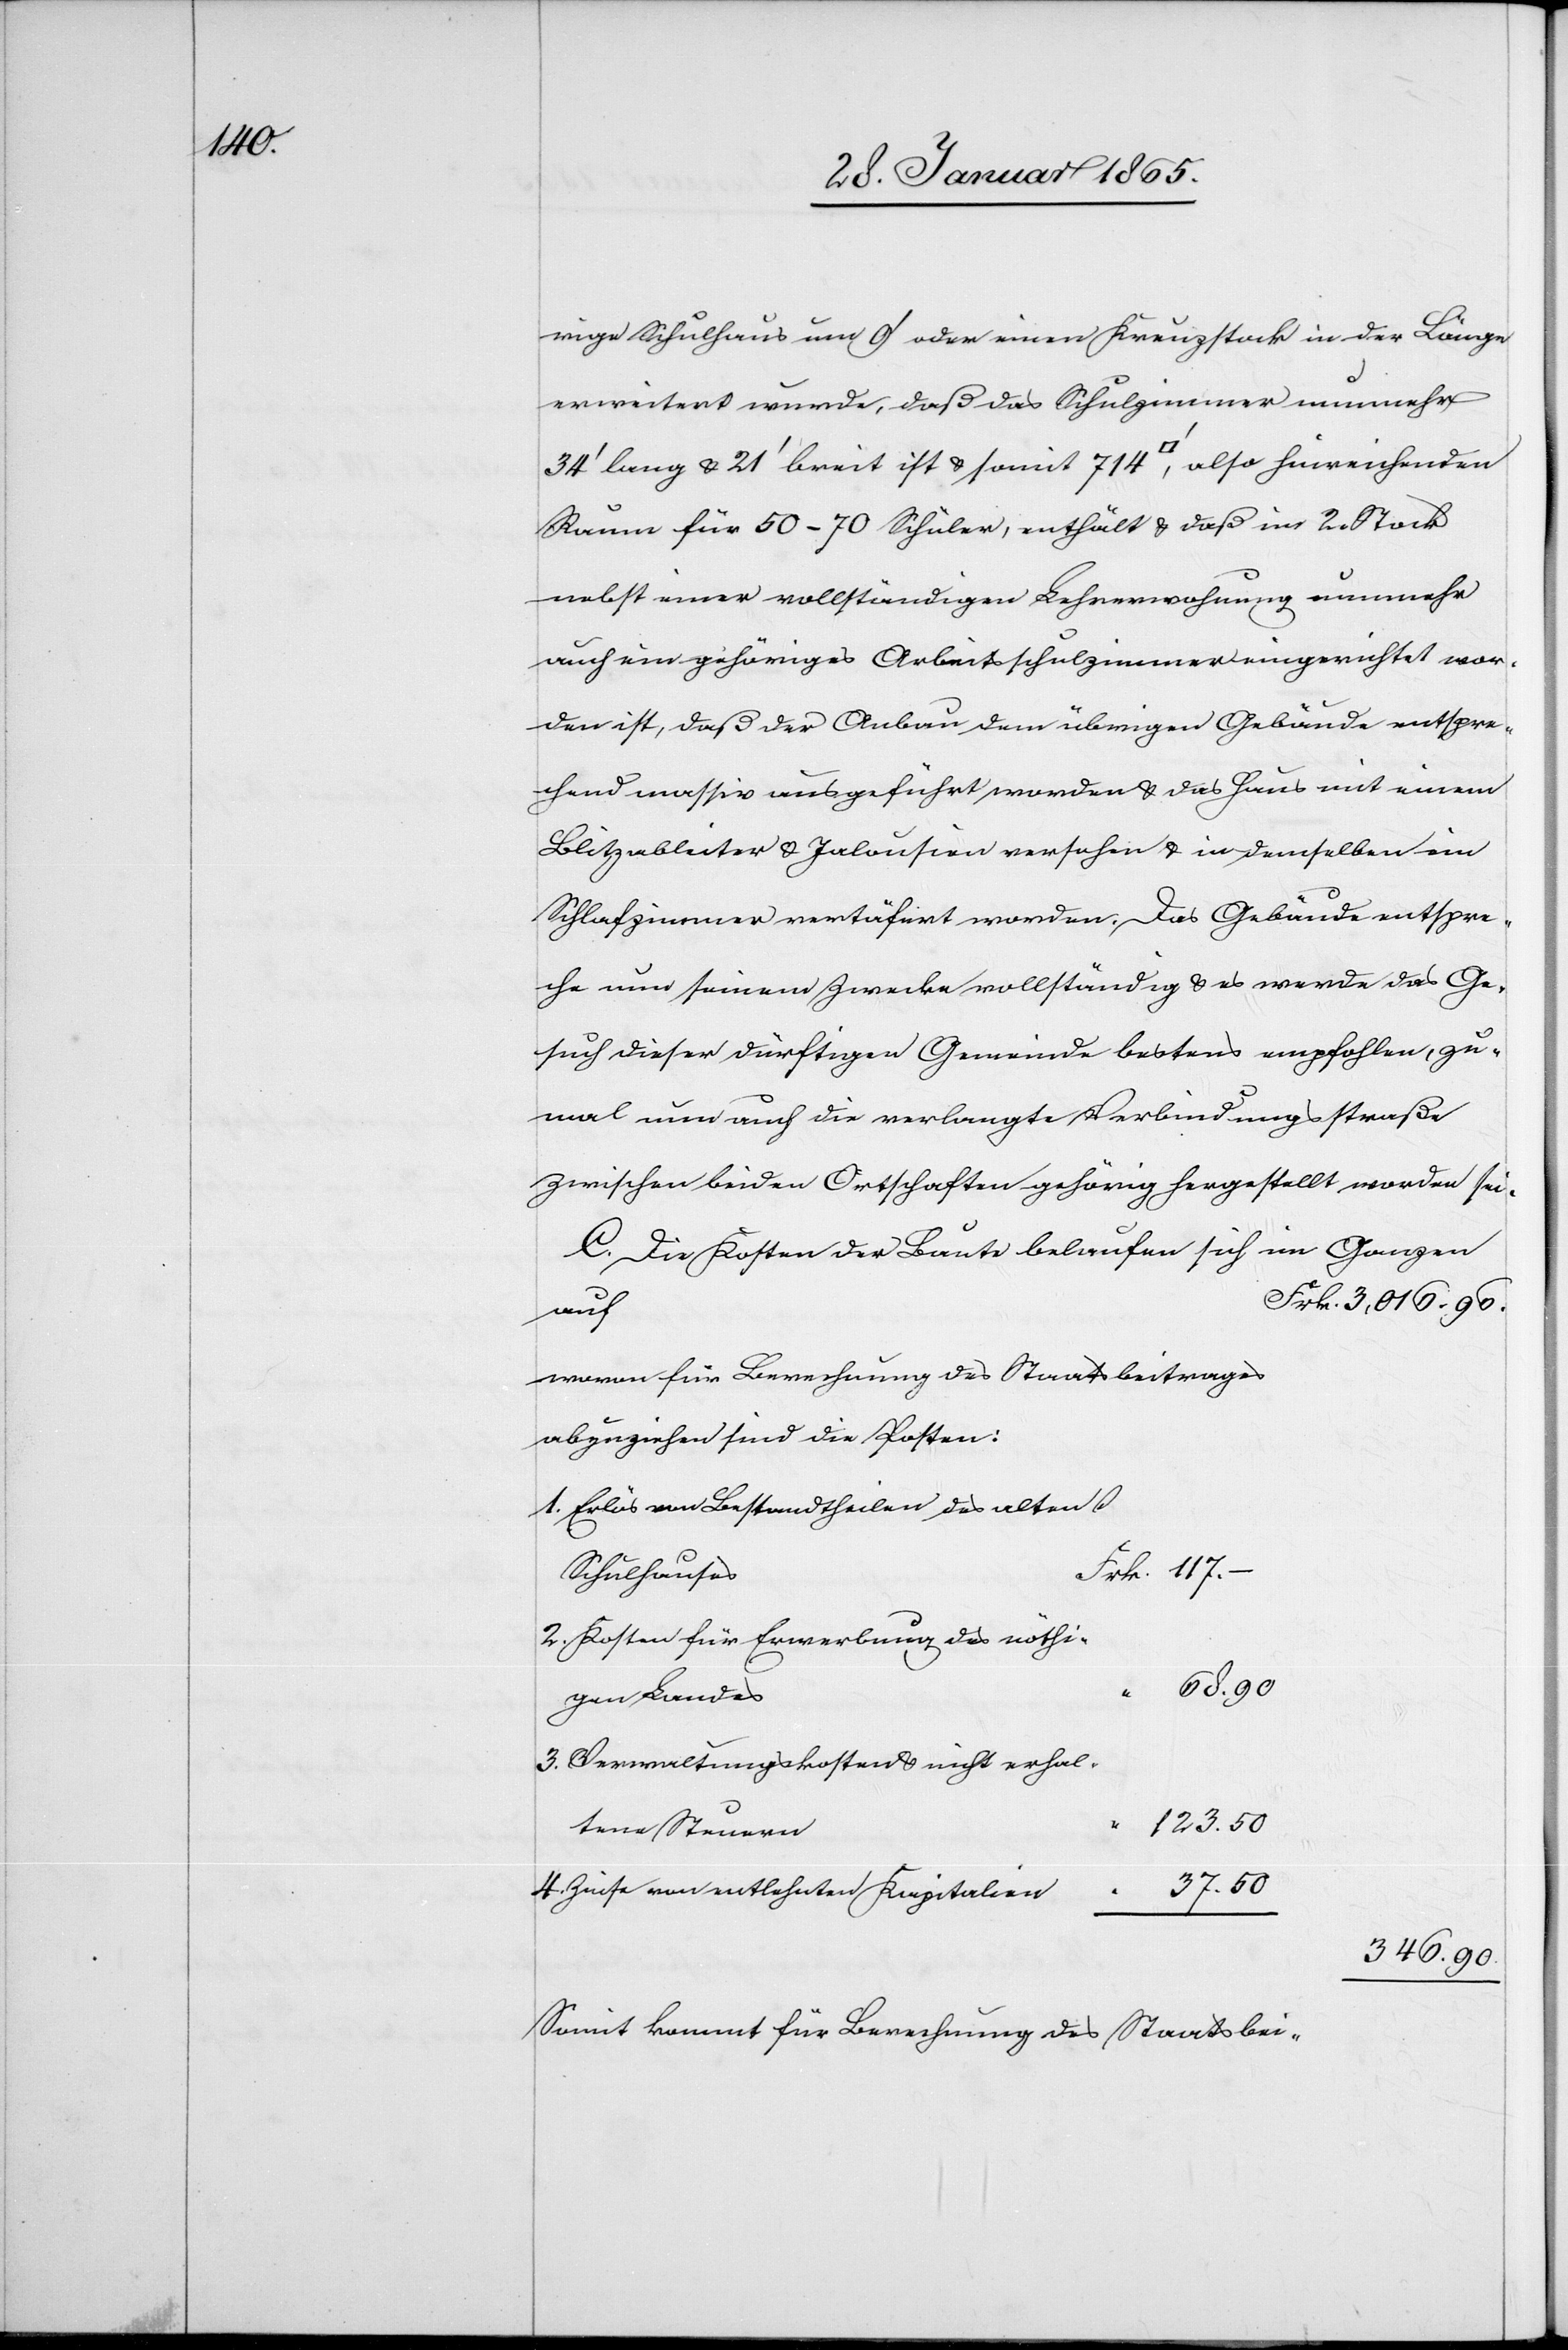
123.

rige Schulhaus um 9’ oder einen Kreuzstock in der Länge
erweitert wurde, daß das Schulzimmer nunmher
34’ lang u. 21’ breit ist u. somit 714 [Quadratfuss], also hinreichenden
Raum für 50–70 Schüler, enthält u. daß im 2. Stock
nebst einer vollständigen Lehrerwohnung nunmehr
auch ein gehöriges Arbeitsschulzimmer eingerichtet wor¬
den ist, daß der Anbau dem übrigen Gebäude entspre¬
chend massiv ausgeführt worden u. das Haus mit einem
Blitzableiter u. Jalousien versehen u. in demselben ein
Schlafzimmer vertäfert worden. Das Gebäude entspre¬
che nun seinem Zwecke vollständig u. es werde das Ge¬
such dieser dürftigen Gemeinde bestens empfohlen, zu¬
mal nun auch die verlangte Verbindungsstraße
zwischen beiden Ortschaften gehörig hergestellt worden sei.
Die Kosten der Baute belaufen sich im Ganzen
auf
wovon für Berechnung des Staatsbeitrages
abzuziehen sind die Posten:
Erlös von Bestandtheilen des alten
Schulhauses
Kosten für Erwerbung des nöthi¬
4.
gen Landes
Verwaltungskosten u. nicht erhal¬
tene Steuern
Zinse von entlehnten Kapitalien
37.
346.
Somit kommt für Berechnung des Staatsbei-